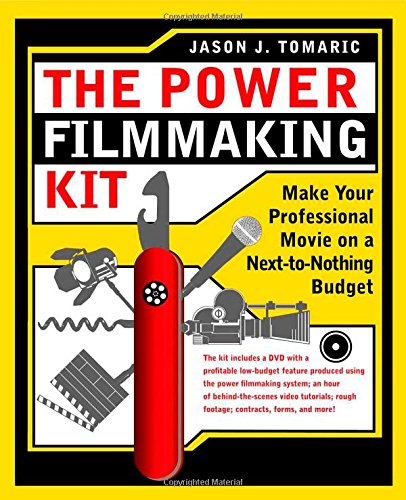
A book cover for Power Filmmaking Kit; Jason Tomaric; Humor & Entertainment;